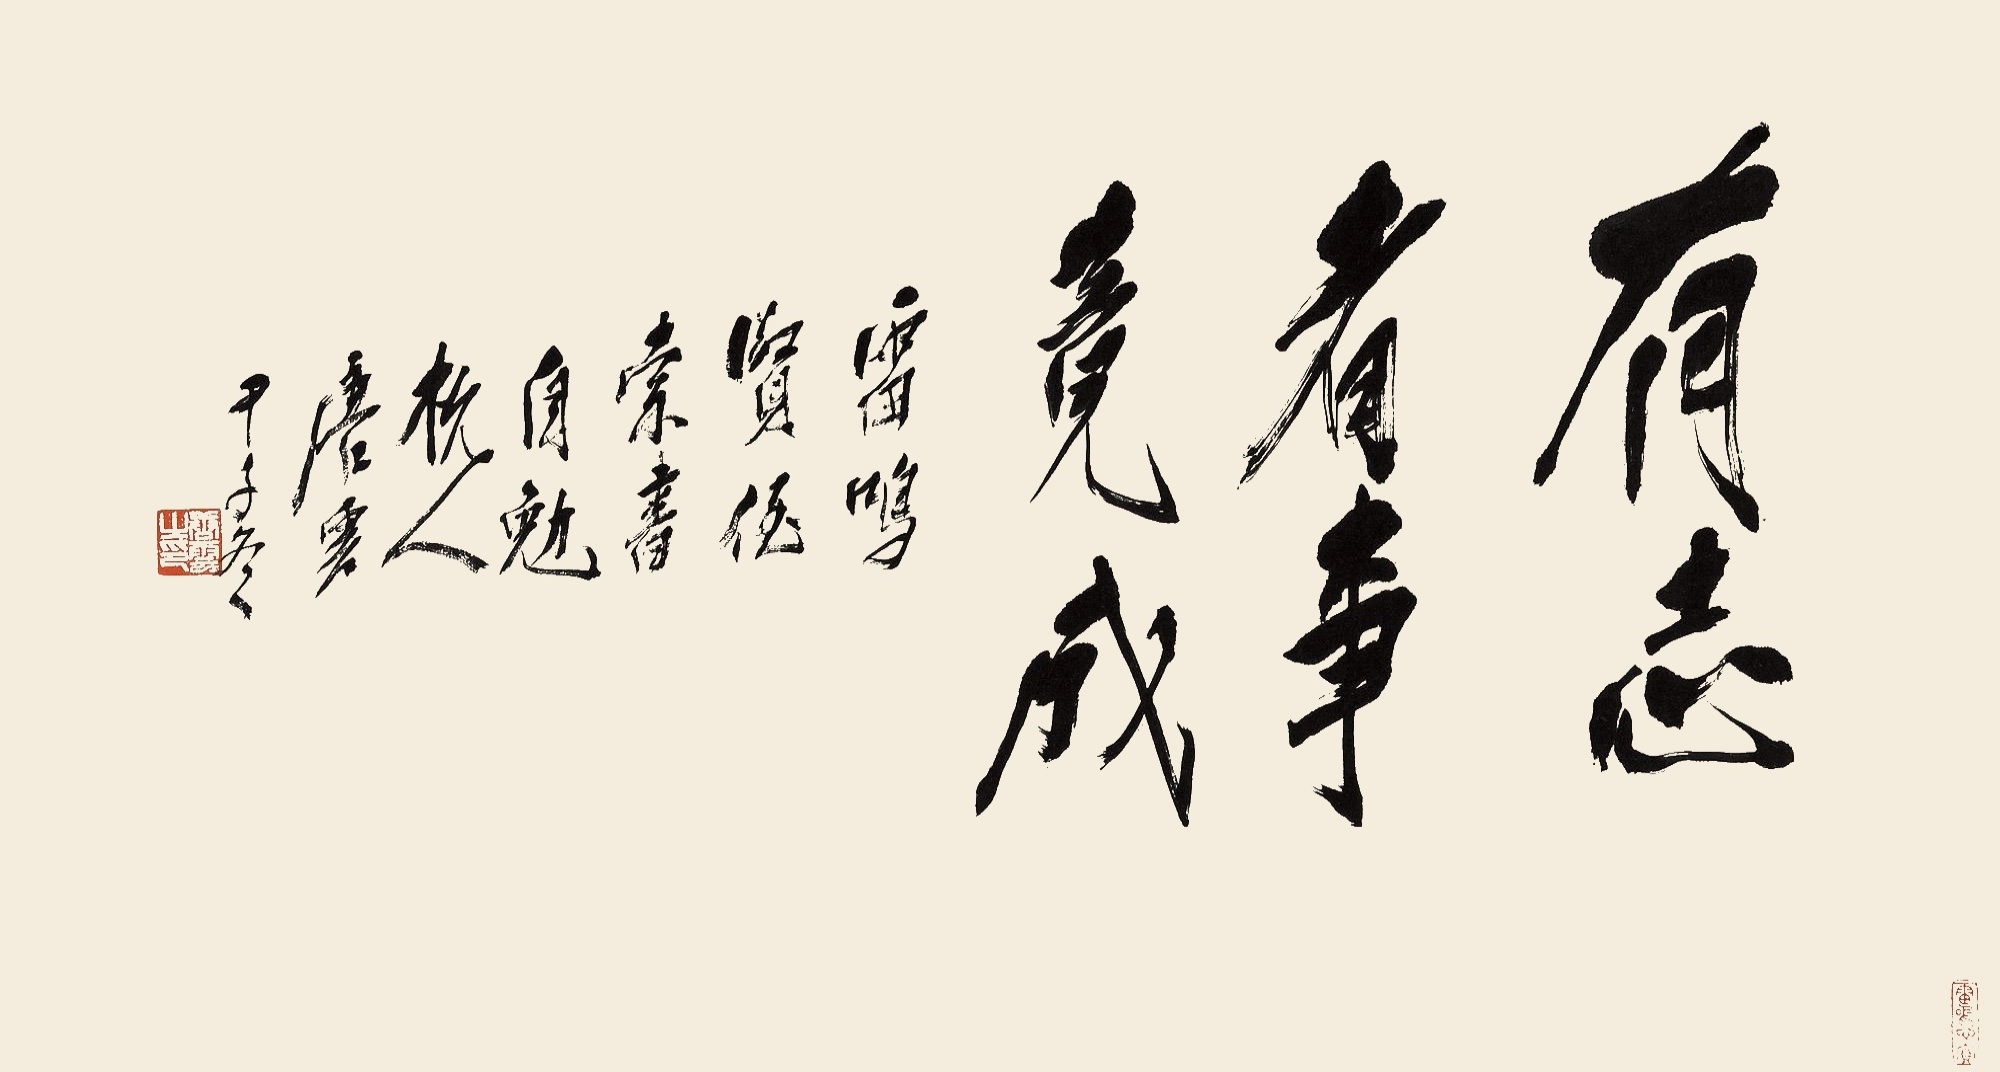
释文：有志者事竟成雷鸣贤侄索书自勉，杭人唐云，甲子冬。